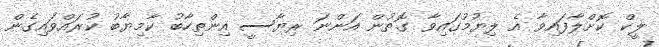
ލީކް ކޮށްލާފައިވާ އެ ލިޔުމުގައިވާ ގޮތުން އަންނަ ރިޔާސީ އިންތިހާބު ކާމިޔާބު ކުރައްވައިގެން